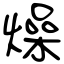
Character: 燥